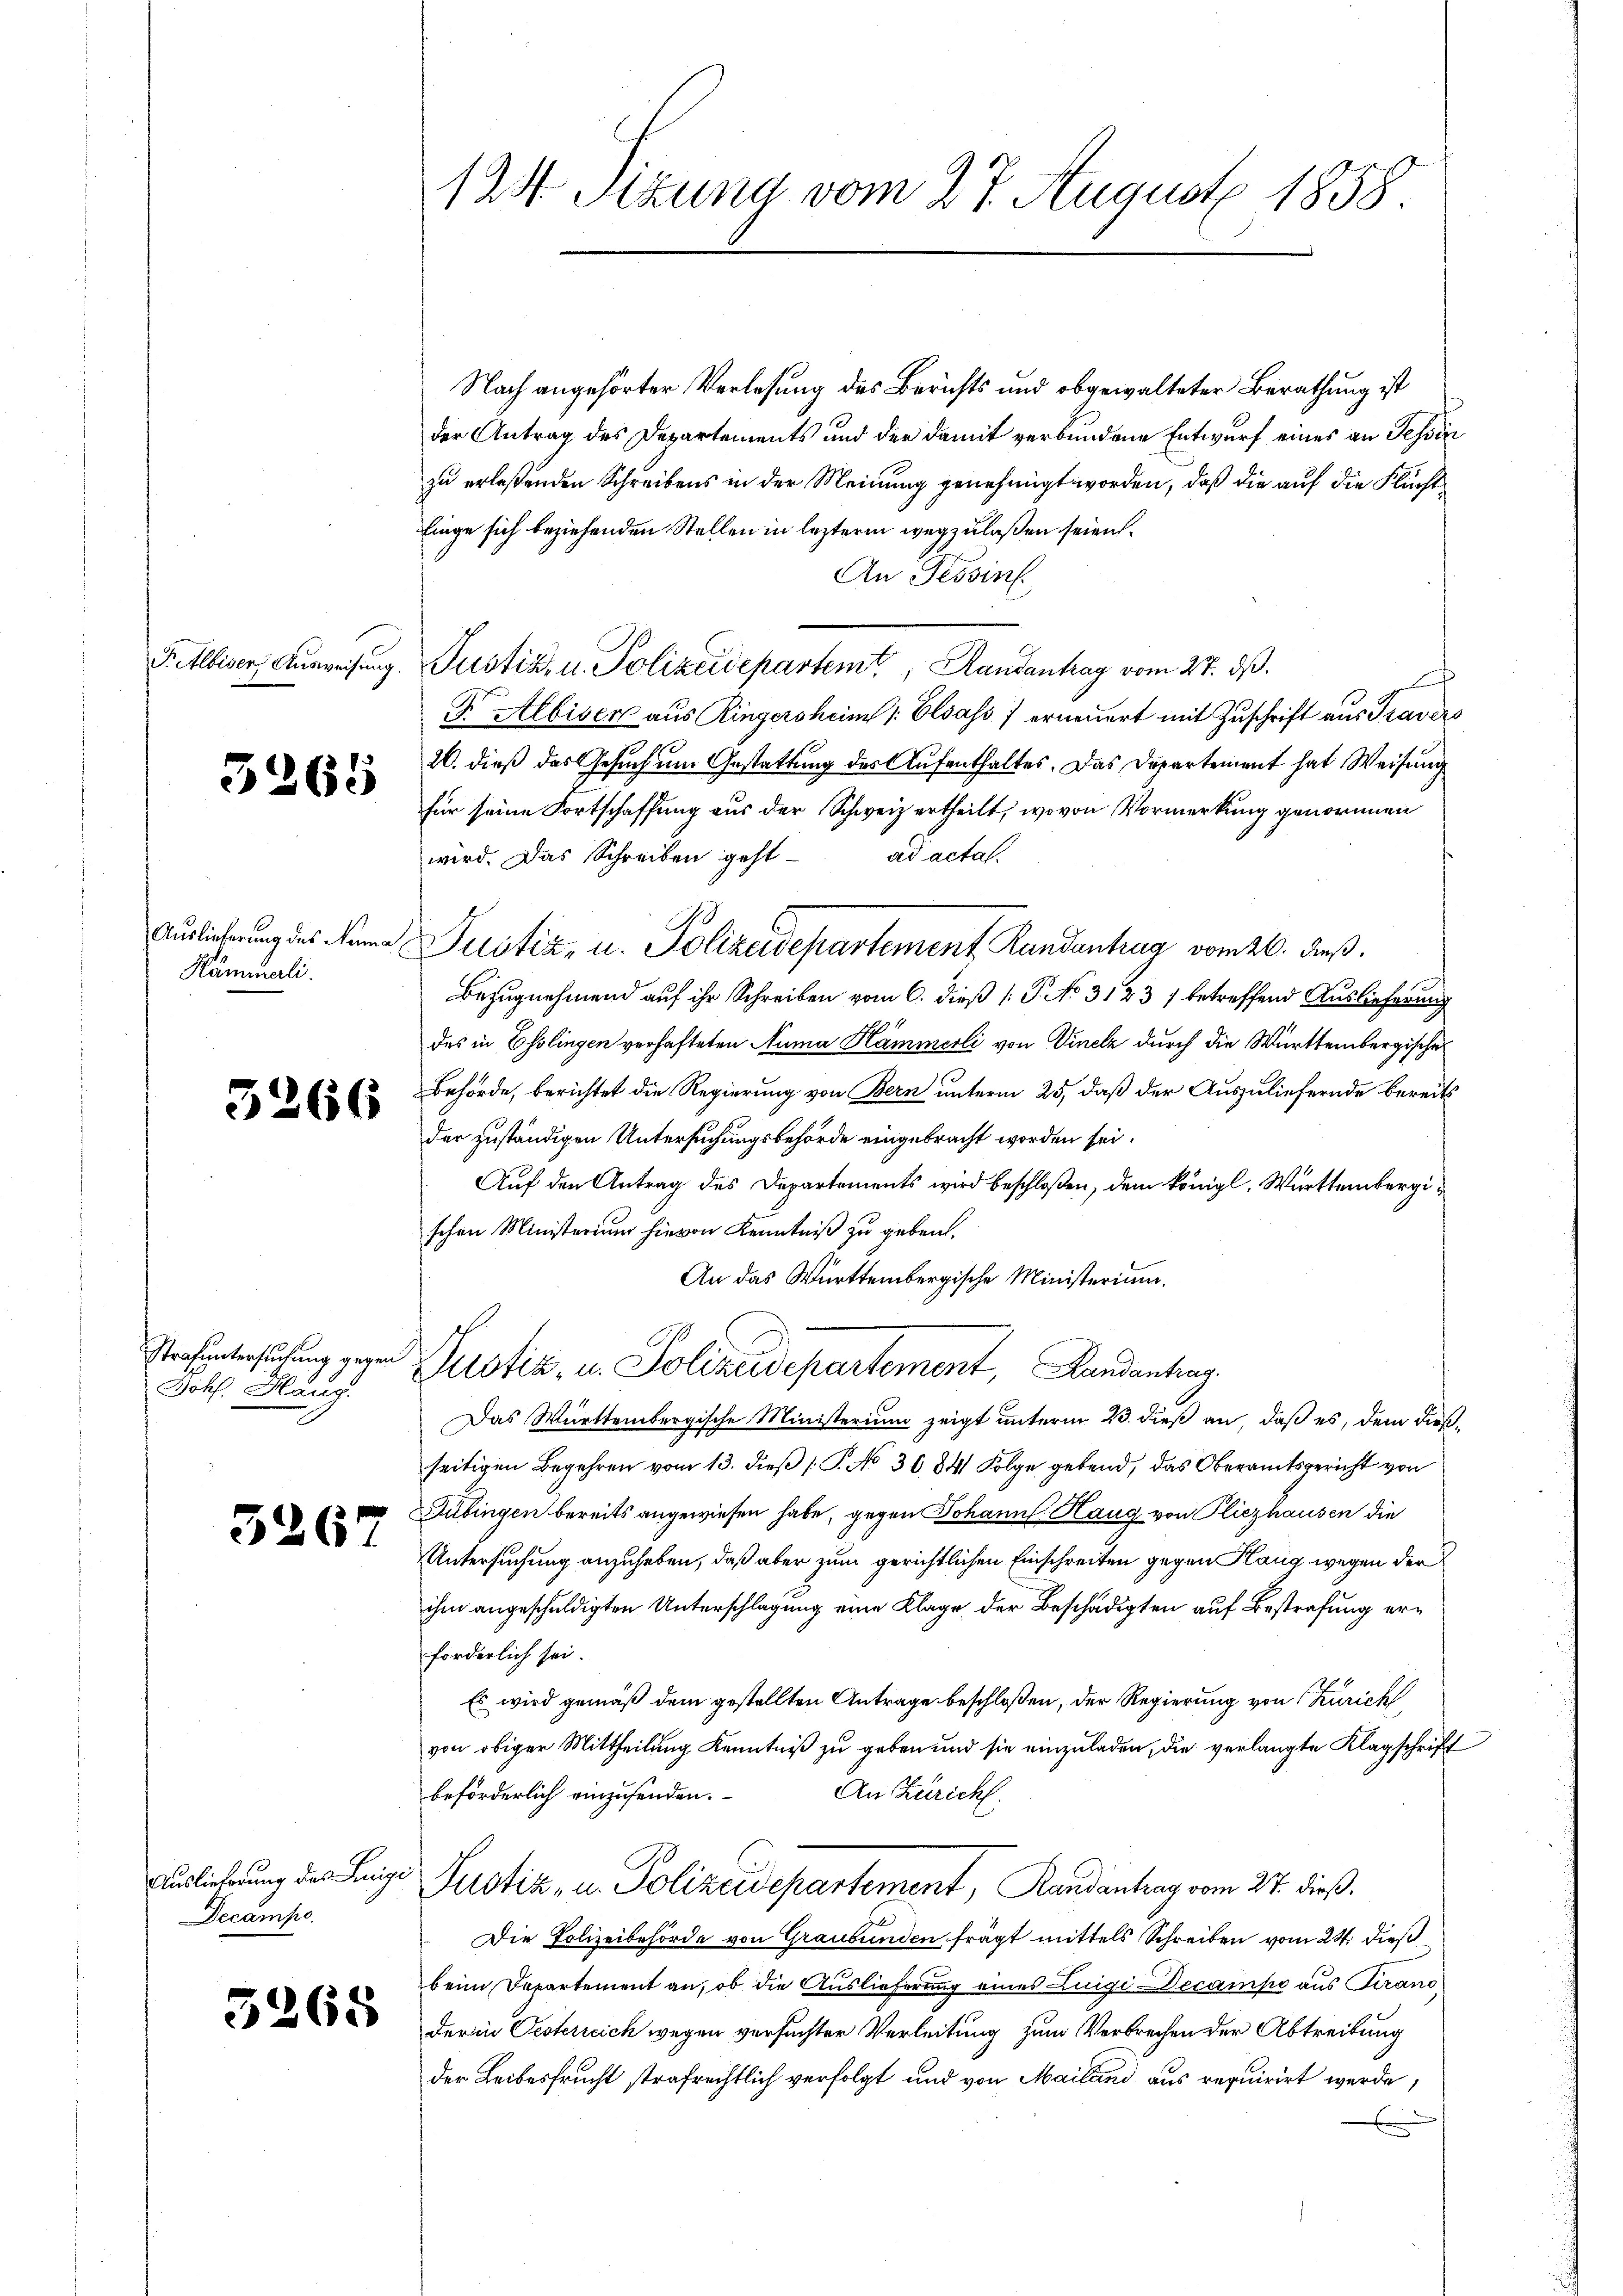
g. Albiser Ausweisung

5

265

Auslieferung des Ruma
Käminali.

3266

Johs. Häng.

5267

Decampo

3268

1 24 Stzung vom 27. August 1858

Nach angehörter Verlesung des Berichts und obgewalteter Berathung ist
der Antrag des Departements und der damit verbundene Entwurf eines an Tessin
zu erlaßenden Schreibens in der Meinung genehmigt worden, daß die auf die Fluchtfinge sich beziehenden Stellen in lezterm wegzulaßen seien.
An Tessin.
Justiz- u. Polizeidepartemt, Randantrag vom 27. ds.
F. Albiser aus Ringersheim Elsass erneuert mit Zuschrift aus Traver¬
26. dieß das Gesuch um Gestattung des Aufenthaltes. Das Departement hat Weisung
für seine Fortschaffung aus der Schweiz ertheilt, wovon Vormerkung genommen
aad actal.
wird. Das Schreiben geht
Justiz- u. Polizeidepartement Randantrag vom 26. Fuß.
Bezugnehmend auf ihr Schreiben vom 6. dieß (: P. No 3123 / betreffend Auslieferung
des in Esslingen verhafteten Numa Hämmerli von Vinelz durch die Württembergische
Behörde, berichtet die Regierung von Bern unterm 25, daß der Auszuliefernde bereits
der zuständigen Untersuchungsbehörde eingebracht worden sei.
Auf den Antrag des Departements wird beschloßen, dem königl. Württembergischen Ministerium hievon Kenntniß zu geben.
An das Württembergische Ministerium.
Strafuntersuchung gegen Justiz, u. Polizeidepartement, Landantrag
Das Württembergische Ministerium zeigt unterm 23. dieß an, daß es, dem dießseitigen Begehren vom 13. dieß [P. No 3684 Folge gebend, das Oberamtsgericht von
Subingen bereits angewiesen habe, gegen Johann Haug von Fliezhausen die
Untersuchung anzuheben, daß aber zum gerichtlichen Einschreiten gegen Klang wegen der
ihm angeschuldigten Unterschlagung eine Klage, der Beschädigten auf Bestrafung erforderlich sei.
Es wird gemäß dem gestellten Antrage beschloßen, der Regierung von Zürich
von obiger Mittheilung Kenntniß zu geben und sie einzuladen, die verlangte Klagschrift
An Züricht.
beförderlich einzusenden.
Auslicherung des Leige Justiz- u. Polizeidepartement, Randenhag vom 27. dieß.
Die Polizeibehörde von Graubünden frägt mittels Schreiben vom 24. dieß
beim Departement an, ob die Auslieferung eines Luigi Decampe aus Tirano
der in Oesterreich wegen versuchter Verleitung zum Verbrechen der Abtreitung
der Leibesfrucht strafrechtlich verfolgt und von Mailand aus requirirt werde,